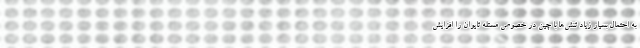
به احتمال بسیار زیاد تنش‌ها با چین در خصوص مسئله تایوان را افزایش